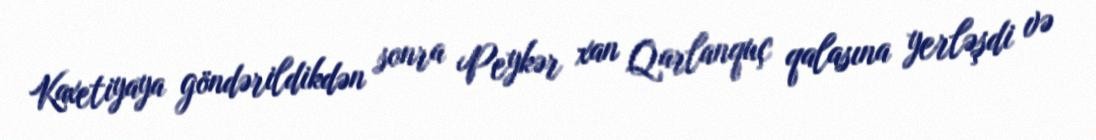
Kaxetiyaya göndərildikdən sonra Peykər xan Qarlanquç qalasına yerləşdi və